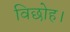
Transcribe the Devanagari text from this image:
विछोह।